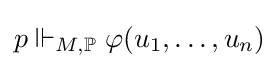
p\Vdash _{M,\mathbb {P} }\varphi (u_{1},\ldots ,u_{n})